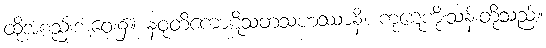
ထိုအစည်းအဝေး၌။ နဝုတိကောဋိသတသဟဿာနိ၊ ကုဋေကိုးသန်းတို့သည်။